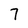
Character: 7